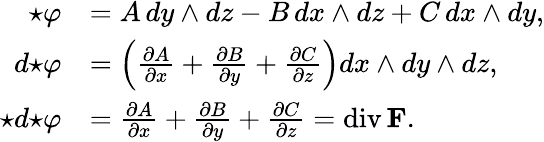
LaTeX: {\begin{array}{rl}{\star\varphi}&{=A\, dy\wedge dz-B\, dx\wedge dz+C\, dx\wedge dy,}\\ {d{\star\varphi}}&{=\left({\frac{\partial A}{\partial x}}+{\frac{\partial B}{\partial y}}+{\frac{\partial C}{\partial z}}\right)dx\wedge dy\wedge dz,}\\ {\star d{\star\varphi}}&{={\frac{\partial A}{\partial x}}+{\frac{\partial B}{\partial y}}+{\frac{\partial C}{\partial z}}=\operatorname{div}\mathbf{F}.}\end{array}}